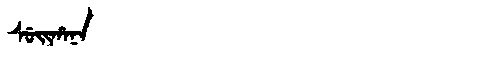
Manchu: ᠰᡠᡳᡥᠠᠨᠠ
Romanization: SUIHANA